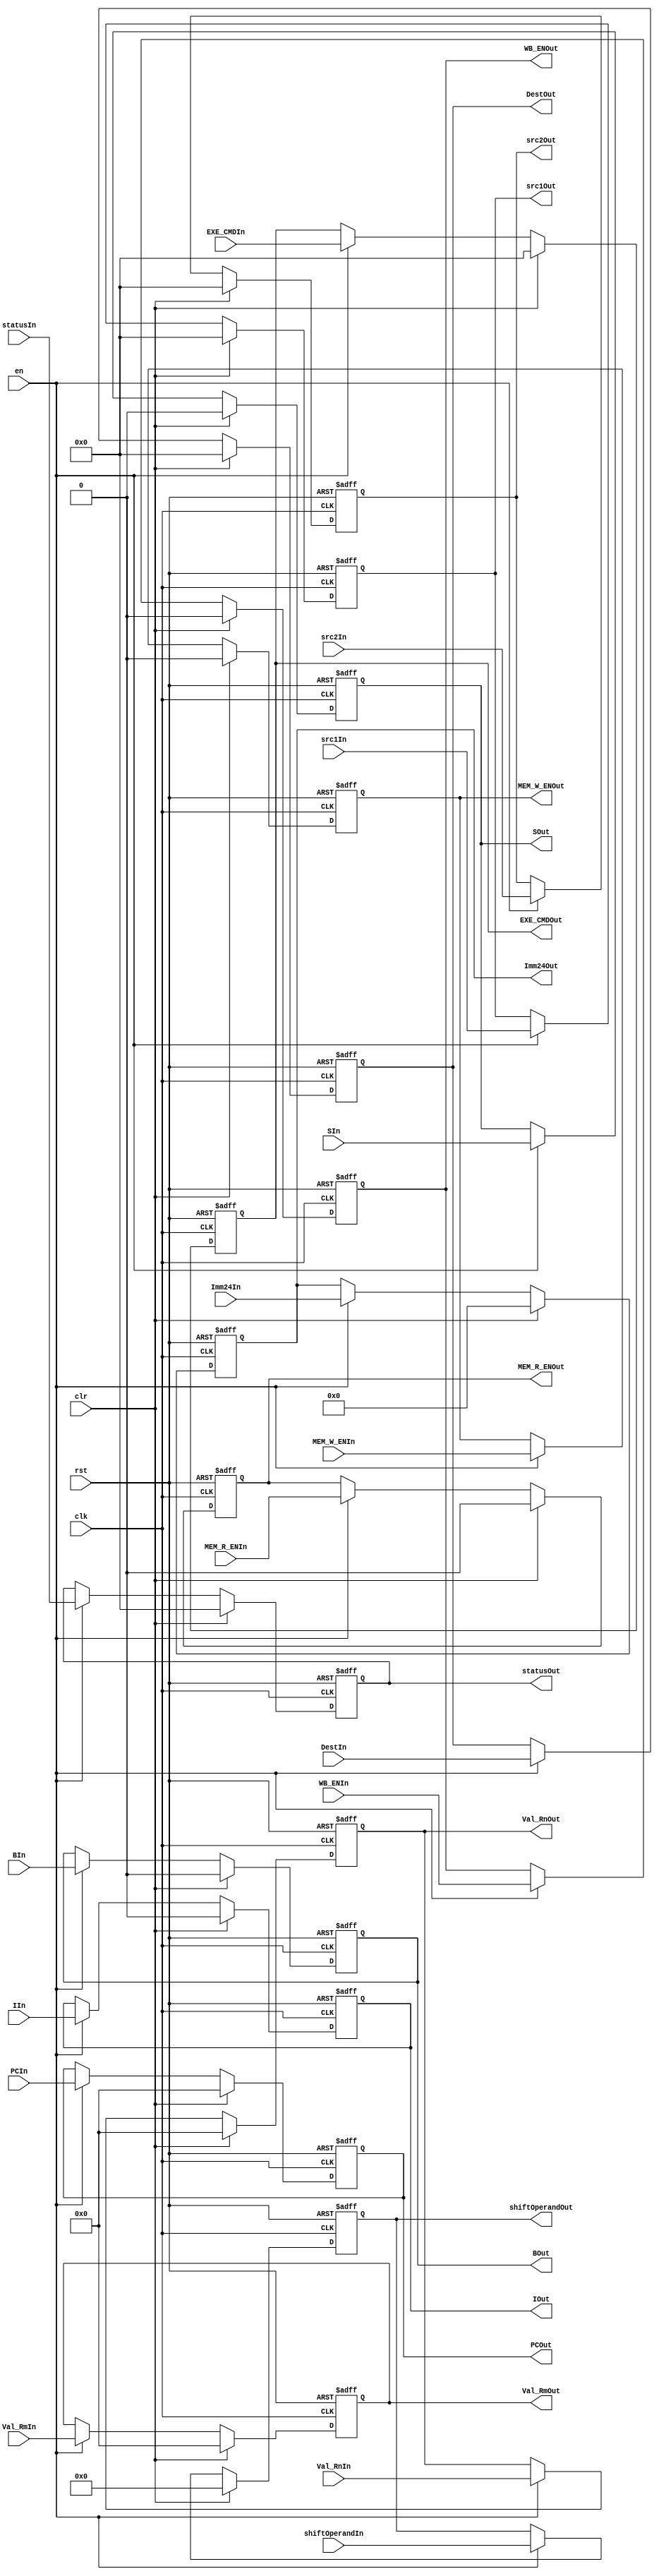

module ID_Stage_Reg(clk, rst, en, clr, PCIn, PCOut, WB_ENIn, WB_ENOut, 
                    MEM_R_ENIn, MEM_R_ENOut, MEM_W_ENIn, MEM_W_ENOut,
                    EXE_CMDIn, EXE_CMDOut, BIn, BOut, SIn, SOut, 
                    Val_RmIn, Val_RmOut, Val_RnIn, Val_RnOut,
                    shiftOperandIn, shiftOperandOut, IIn, IOut,
                    Imm24In, Imm24Out, DestIn, DestOut, statusIn, statusOut,
                    src1In, src1Out, src2In, src2Out);
    parameter N = 32;

    input wire[0:0] clk, rst, en, clr;
    
    input wire[0:0] WB_ENIn, MEM_R_ENIn, MEM_W_ENIn, BIn, SIn, IIn;
    output reg[0:0] WB_ENOut,MEM_R_ENOut,MEM_W_ENOut,BOut,SOut,IOut;

    input wire[3:0] EXE_CMDIn, DestIn, statusIn, src1In, src2In;
    output reg[3:0] EXE_CMDOut,DestOut, statusOut, src1Out, src2Out;

    input wire[11:0] shiftOperandIn;
    output reg[11:0] shiftOperandOut;

    input wire[23:0] Imm24In;
    output reg[23:0] Imm24Out;

    input wire[31:0] PCIn, Val_RmIn, Val_RnIn;
    output reg[31:0] PCOut,Val_RmOut,Val_RnOut;


    always@(posedge clk or posedge rst) begin

        if (rst) begin
            WB_ENOut        <= 1'b0;
            MEM_R_ENOut     <= 1'b0;
            MEM_W_ENOut     <= 1'b0;
            BOut            <= 1'b0;
            SOut            <= 1'b0;
            IOut            <= 1'b0;
            src1Out         <= 4'b0;
            src2Out         <= 4'b0;
            EXE_CMDOut      <= 4'b0;
            DestOut         <= 4'b0;
            statusOut       <= 4'b0;
            shiftOperandOut <= 12'b0;
            Imm24Out        <= 24'b0;
            PCOut           <= 32'b0;
            Val_RmOut       <= 32'b0;
            Val_RnOut       <= 32'b0;
        end 
        
        else if (clr) begin
            WB_ENOut        <= 1'b0;
            MEM_R_ENOut     <= 1'b0;
            MEM_W_ENOut     <= 1'b0;
            BOut            <= 1'b0;
            SOut            <= 1'b0;
            IOut            <= 1'b0;
            src1Out         <= 4'b0;
            src2Out         <= 4'b0;
            EXE_CMDOut      <= 4'b0;
            DestOut         <= 4'b0;
            statusOut       <= 4'b0;
            shiftOperandOut <= 12'b0;
            Imm24Out        <= 24'b0;
            PCOut           <= 32'b0;
            Val_RmOut       <= 32'b0;
            Val_RnOut       <= 32'b0;
        end

        else if (en) begin
            WB_ENOut        <= WB_ENIn;
            MEM_R_ENOut     <= MEM_R_ENIn;
            MEM_W_ENOut     <= MEM_W_ENIn;
            BOut            <= BIn;
            SOut            <= SIn;
            IOut            <= IIn;
            EXE_CMDOut      <= EXE_CMDIn;
            DestOut         <= DestIn;
            statusOut       <= statusIn;
            shiftOperandOut <= shiftOperandIn;
            Imm24Out        <= Imm24In;
            PCOut           <= PCIn;
            Val_RmOut       <= Val_RmIn;
            Val_RnOut       <= Val_RnIn;
            src1Out         <= src1In;
            src2Out         <= src2In;
        end
    end
endmodule